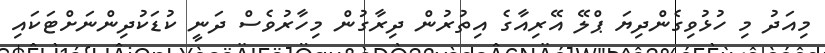
މިއަދު މި ހުޅުވިގެންދިޔަ ޕްލޭ އޭރިއާގެ އިތުރުން ދިރާގުން މިހާރުވެސް ދަނީ ކުޑަކުދިންނަށްޓަކައި